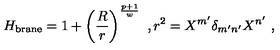
H _ { \mathrm { b r a n e } } = 1 + \left( { \frac { R } { r } } \right) ^ { \frac { p + 1 } { w } } \ , r ^ { 2 } = X ^ { m ^ { \prime } } \delta _ { m ^ { \prime } n ^ { \prime } } X ^ { n ^ { \prime } } \ ,